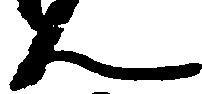
ん